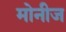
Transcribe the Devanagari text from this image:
मोनीज